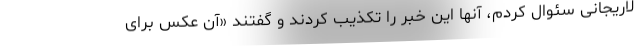
لاریجانی سئوال کردم، آنها این خبر را تکذیب کردند و گفتند «آن عکس برای